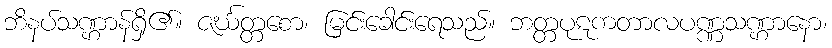
ဘိနပ်သဏ္ဌာန်ရှိ၏။ ဇင်္ဃတ္တစော၊ မြင်းခေါင်းရေသည်။ ဘတ္တပုဋကတာလပဏ္ဏသဏ္ဌာနော၊